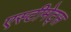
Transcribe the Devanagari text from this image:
एस्टीमेट्स